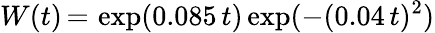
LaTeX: W(t)\, {=}\, \exp(0.085\, t)\exp(-(0.04\, t)^{2})